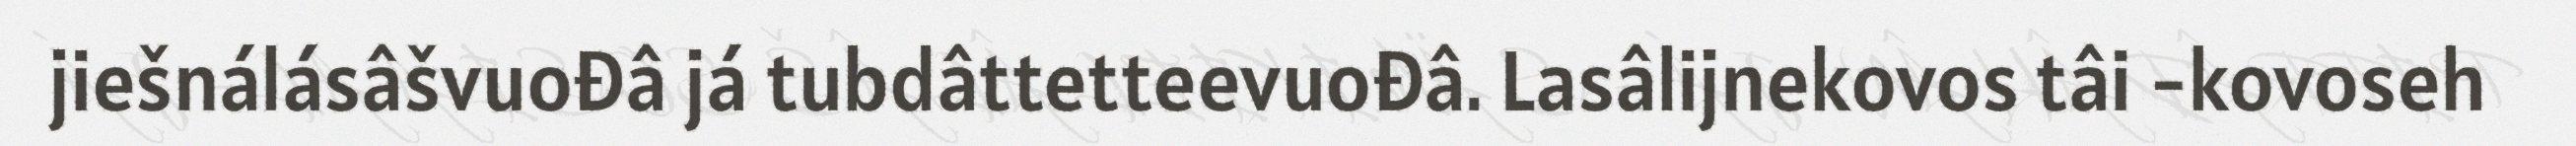
jiešnálásâšvuođâ já tubdâttetteevuođâ. Lasâlijnekovos tâi -kovoseh